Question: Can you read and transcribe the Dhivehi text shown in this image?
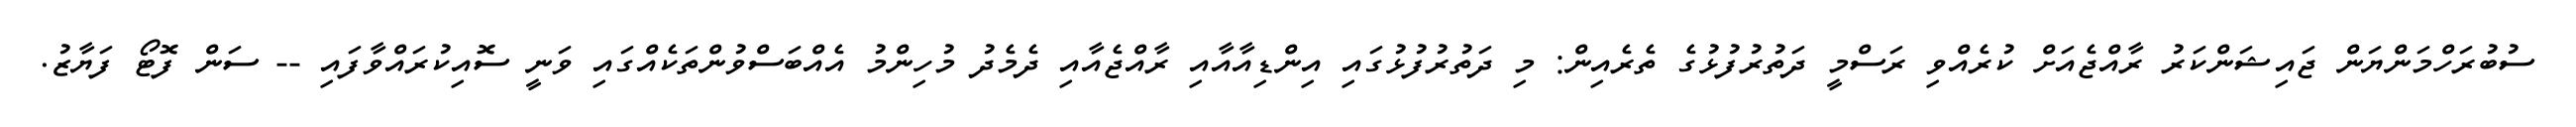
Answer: ސުބުރަހްމަންޔަން ޖައިޝަންކަރު ރާއްޖެއަށް ކުރެއްވި ރަސްމީ ދަތުރުފުޅުގެ ތެރެއިން: މި ދަތުރުފުޅުގައި އިންޑިއާއާއި ރާއްޖެއާއި ދެމެދު މުހިންމު އެއްބަސްވުންތަކެއްގައި ވަނީ ސޮއިކުރައްވާފައި -- ސަން ފޮޓޯ ފަޔާޒު.